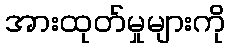
အားထုတ်မှုများကို